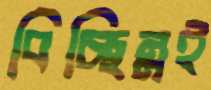
বিচ্ছিন্নই